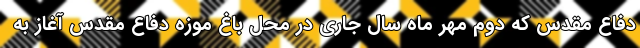
دفاع مقدس که دوم مهر ماه سال جاری در محل باغ موزه دفاع مقدس آغاز به